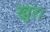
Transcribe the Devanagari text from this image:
खुर।